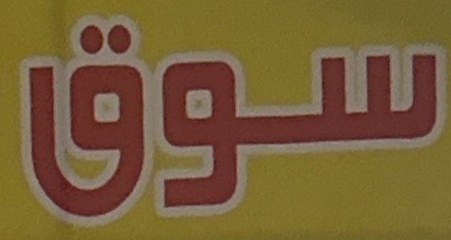
سوق